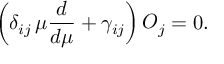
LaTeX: \left( \delta _ { i j } \, \mu \frac { d } { d \mu } + \gamma _ { i j } \right) { \cal O } _ { j } = 0 .